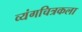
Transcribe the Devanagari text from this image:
व्यंगचित्रकला